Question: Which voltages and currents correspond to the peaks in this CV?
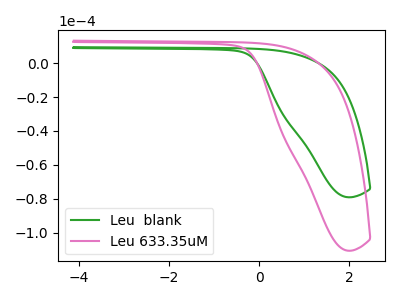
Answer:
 <answer>The green curve "Leu  blank" has no peaks. The pink curve "Leu 633.35uM" has no peaks.</answer>
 <eval></eval>